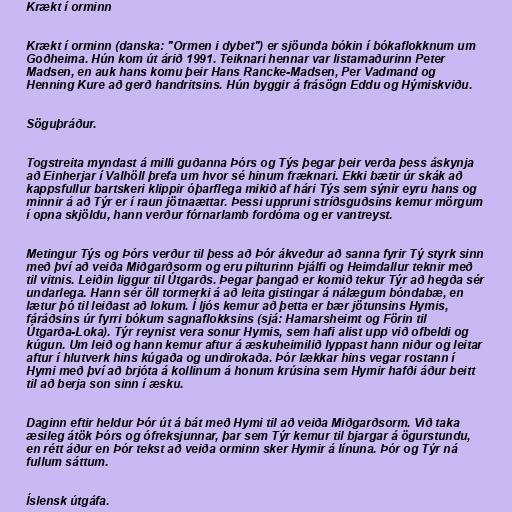
Krækt í orminn

Krækt í orminn (danska: "Ormen i dybet") er sjöunda bókin í bókaflokknum um
Goðheima. Hún kom út árið 1991. Teiknari hennar var listamaðurinn Peter
Madsen, en auk hans komu þeir Hans Rancke-Madsen, Per Vadmand og
Henning Kure að gerð handritsins. Hún byggir á frásögn Eddu og Hýmiskviðu.

Söguþráður.

Togstreita myndast á milli guðanna Þórs og Týs þegar þeir verða þess áskynja
að Einherjar í Valhöll þrefa um hvor sé hinum fræknari. Ekki bætir úr skák að
kappsfullur bartskeri klippir óþarflega mikið af hári Týs sem sýnir eyru hans og
minnir á að Týr er í raun jötnaættar. Þessi uppruni stríðsguðsins kemur mörgum
í opna skjöldu, hann verður fórnarlamb fordóma og er vantreyst.

Metingur Týs og Þórs verður til þess að Þór ákveður að sanna fyrir Tý styrk sinn
með því að veiða Miðgarðsorm og eru pilturinn Þjálfi og Heimdallur teknir með
til vitnis. Leiðin liggur til Útgarðs. Þegar þangað er komið tekur Týr að hegða sér
undarlega. Hann sér öll tormerki á að leita gistingar á nálægum bóndabæ, en
lætur þó til leiðast að lokum. Í ljós kemur að þetta er bær jötunsins Hymis,
fáráðsins úr fyrri bókum sagnaflokksins (sjá: Hamarsheimt og Förin til
Útgarða-Loka). Týr reynist vera sonur Hymis, sem hafi alist upp við ofbeldi og
kúgun. Um leið og hann kemur aftur á æskuheimilið lyppast hann niður og leitar
aftur í hlutverk hins kúgaða og undirokaða. Þór lækkar hins vegar rostann í
Hymi með því að brjóta á kollinum á honum krúsina sem Hymir hafði áður beitt
til að berja son sinn í æsku.

Daginn eftir heldur Þór út á bát með Hymi til að veiða Miðgarðsorm. Við taka
æsileg átök Þórs og ófreksjunnar, þar sem Týr kemur til bjargar á ögurstundu,
en rétt áður en Þór tekst að veiða orminn sker Hymir á línuna. Þór og Týr ná
fullum sáttum.

Íslensk útgáfa.